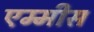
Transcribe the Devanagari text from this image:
एम्मीस